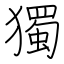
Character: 獨